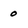
Character: 0